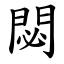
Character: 閟